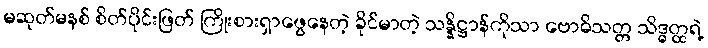
မဆုတ်မနစ် စိတ်ပိုင်းဖြတ် ကြိုးစားရှာဖွေနေတဲ့ ခိုင်မာတဲ့ သန္နိဋ္ဌာန်ကိုသာ ဗောဓိသတ္တ သိဒ္ဓတ္ထရဲ့